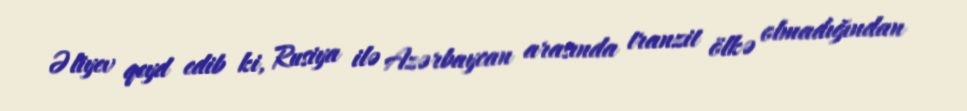
Əliyev qeyd edib ki, Rusiya ilə Azərbaycan arasında tranzit ölkə olmadığından